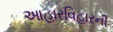
આહારવિહારની